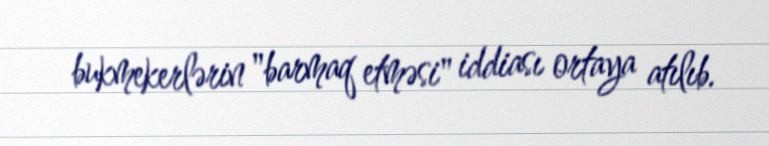
bukmekerlərin "barmaq etməsi" iddiası ortaya atılıb.